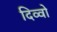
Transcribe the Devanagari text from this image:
दिव्वो